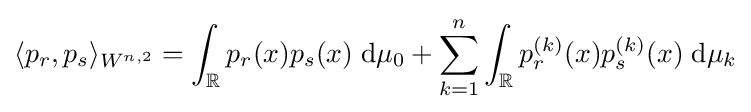
\langle p_{r},p_{s}\rangle _{W^{n,2}}=\int _{\mathbb {R} }p_{r}(x)p_{s}(x)\;\mathrm {d} \mu _{0}+\sum \limits _{k=1}^{n}\int _{\mathbb {R} }p_{r}^{(k)}(x)p_{s}^{(k)}(x)\;\mathrm {d} \mu _{k}